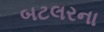
બટલરના